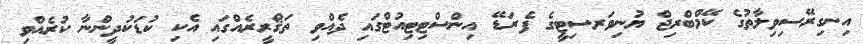
އިނގިރޭސިވިލާތުގެ ކޭމްބްރިޖް ޔުނިވަރސިޓީގެ ފެރަޑޭ އިންސްޓިޓިއުޓްގައި ދެއްވި ތަޤްރީރެއްގައި އެކި ކުޑަކުދީންނާ ކުރެއްވި